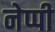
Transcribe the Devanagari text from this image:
नेप्पी